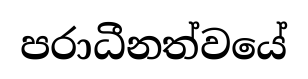
පරාධීනත්වයේ